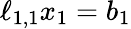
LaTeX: \ell_{1,1}x_{1}=b_{1}